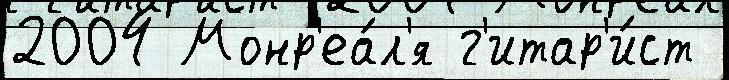
2004 Монр'еа́л'я г'итар'и́ст